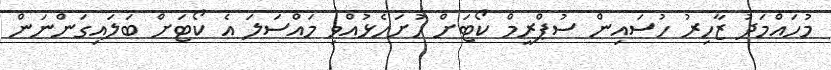
މުހައްމަދު ޒާހިރު ހުސައިން ސުޕްރީމް ކޯޓަށް ހުށަހެޅުއްވި މައްސަލަ އެ ކޯޓަށް ބަލައިގަންނަން